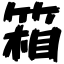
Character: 箱